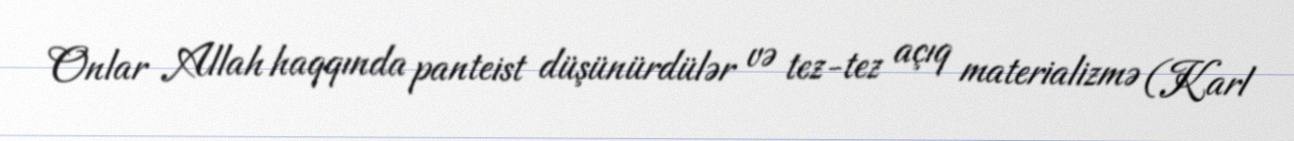
Onlar Allah haqqında panteist düşünürdülər və tez-tez açıq materializmə (Karl